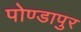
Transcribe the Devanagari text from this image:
पोण्डापुर